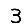
Digit: 3